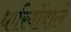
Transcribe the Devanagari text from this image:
धारियोंवाले